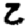
Digit: 2